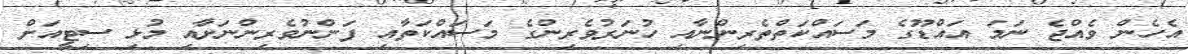
އެހެން ވެއްޖެ ނަމަ އައްޑޫގެ މަސައްކަތްތެރިންނާއި ހުނަރުވެރިންގެ މަސައްކަތާއި ފަންނުވެރިންނަށާއި މުޅި ސިޓީއަށް